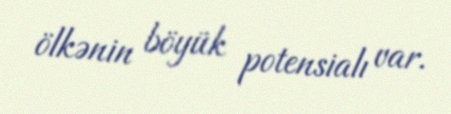
ölkənin böyük potensialı var.